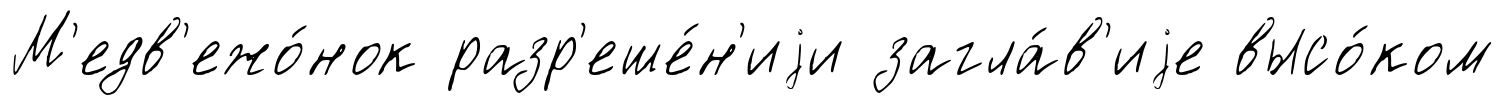
М'едв'ежо́нок разр'еше́н'иjи загла́в'иjе высо́ком